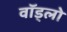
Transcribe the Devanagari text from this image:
वॉड्लो